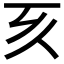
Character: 𠀔